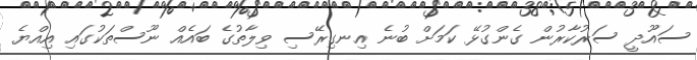
ސައޫދީ ސަރުކާރުން ގެންގުޅޭ ކަމަށް ބުނެ އިނގިރޭސި ވިލާތުގެ ބައެއް ނޫސްތަކުގައި އިއްޔެ